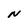
Character: N